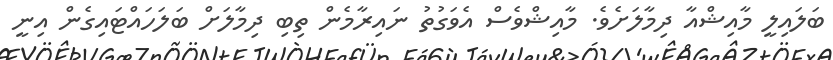
ބަލައިލީ މާއިޝްއާ ދިމާލަށެވެ. މާއިޝްވެސް އެވަގުތު ނައިރާމެން ތިބި ދިމާލަށް ބަލަހައްޓައިގެން އިނީ